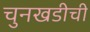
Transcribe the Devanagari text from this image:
चुनखडीची